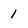
Character: 1